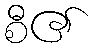
စီ၏